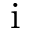
\mathrm { i }